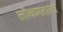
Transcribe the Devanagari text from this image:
लोकमताला